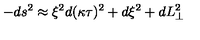
- d s ^ { 2 } \approx \xi ^ { 2 } d ( \kappa \tau ) ^ { 2 } + d \xi ^ { 2 } + d L _ { \perp } ^ { 2 }